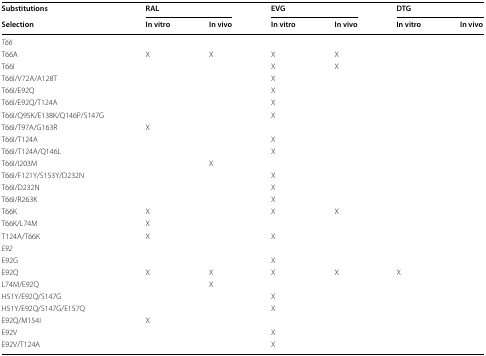
| Substitutions | <COLSPAN=2> RAL | <COLSPAN=2> EVG | <COLSPAN=2> DTG |
 | Selection | In vitro | In vivo | In vitro | In vivo | In vitro | In vivo |
 | --- | --- | --- | --- | --- | --- | --- |
 | <COLSPAN=7> T66 |
 | T66A | X | X | X | X |  |  |
 | T66I |  |  | X | X |  |  |
 | T66I/V72A/A128T |  |  | X |  |  |  |
 | T66I/E92Q |  |  | X |  |  |  |
 | T66I/E92Q/T124A |  |  | X |  |  |  |
 | T66I/Q95K/E138K/Q146P/S147G |  |  | X |  |  |  |
 | T66I/T97A/G163R | X |  |  |  |  |  |
 | T66I/T124A |  |  | X |  |  |  |
 | T66I/T124A/Q146L |  |  | X |  |  |  |
 | T66I/I203M |  | X |  |  |  |  |
 | T66I/F121Y/S153Y/D232N |  |  | X |  |  |  |
 | T66I/D232N |  |  | X |  |  |  |
 | T66I/R263K |  |  | X |  |  |  |
 | T66K | X |  | X | X |  |  |
 | T66K/L74M | X |  |  |  |  |  |
 | T124A/T66K | X |  | X |  |  |  |
 | <COLSPAN=7> E92 |
 | E92G |  |  | X |  |  |  |
 | E92Q | X | X | X | X | X |  |
 | L74M/E92Q |  | X |  |  |  |  |
 | H51Y/E92Q/S147G |  |  | X |  |  |  |
 | H51Y/E92Q/S147G/E157Q |  |  | X |  |  |  |
 | E92Q/M154I | X |  |  |  |  |  |
 | E92V |  |  | X |  |  |  |
 | E92V/T124A |  |  | X |  |  |  |